Lunatic asylums Punjab 1895-1910 - 1895-1910
Year: 1895
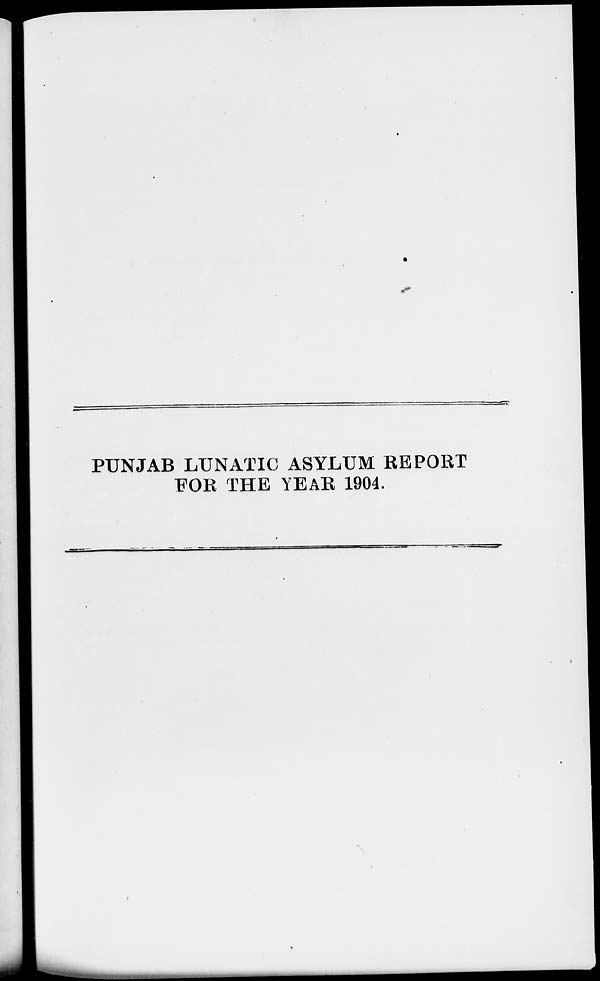
PUNJAB LUNATIC ASYLUM REPORT
FOR THE YEAR 1904.